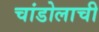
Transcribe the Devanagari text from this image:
चांडोलाची